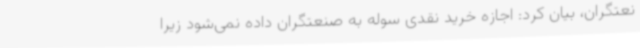
نعتگران، بیان کرد: اجازه خرید نقدی سوله به صنعتگران داده نمی‌شود زیرا